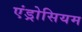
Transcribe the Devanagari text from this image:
एंड्रोसियम